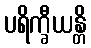
ပရိက္ခီယန္တိ